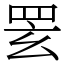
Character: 䍗